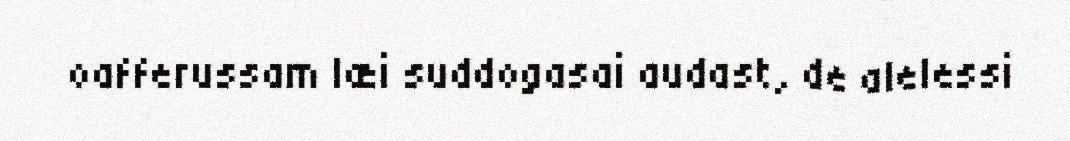
oafferussam læi suddogasai audast, de alelessi